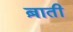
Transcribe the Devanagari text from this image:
ब़ाती